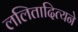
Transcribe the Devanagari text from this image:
ललितादित्यने